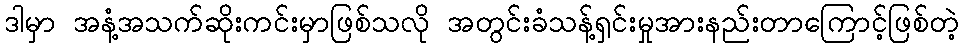
ဒါမှာ အနံ့အသက်ဆိုးကင်းမှာဖြစ်သလို အတွင်းခံသန့်ရှင်းမှုအားနည်းတာကြောင့်ဖြစ်တဲ့